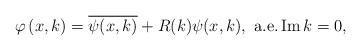
LaTeX: \begin{align*}\varphi\left( x,k\right) =\overline{\psi(x,k)}+R(k)\psi(x,k),\text{ a.e.}\operatorname{Im}k=0, \end{align*}